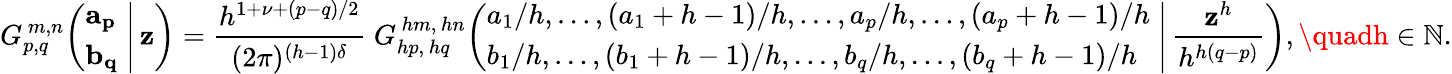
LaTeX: G_{p,q}^{\, m,n}\! \left(\left.{\begin{array}{l}{\mathbf{a_{p}}}\\ {\mathbf{b_{q}}}\end{array}}\; \right|\, \mathbf{z}\right)={\frac{{h^{1+\nu+(p-q)/2}}}{{(2\pi)^{(h-1)\delta}}}}\; G_{hp,\, hq}^{\, hm,\, hn}\! \left(\left.{\begin{array}{l}{a_{1}/h,\dots,(a_{1}+h-1)/h,\dots,a_{p}/h,\dots,(a_{p}+h-1)/h}\\ {b_{1}/h,\dots,(b_{1}+h-1)/h,\dots,b_{q}/h,\dots,(b_{q}+h-1)/h}\end{array}}\; \right|\, {\frac{{\mathbf{z}^{h}}}{{h^{h(q-p)}}}}\right),\quadh\in\mathbb{{N}}.